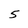
Character: 5